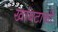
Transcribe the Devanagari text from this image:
खांबटाकी